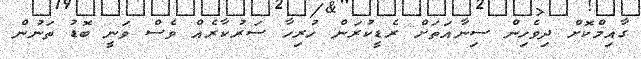
ގާއިމްކޮށް ދިވެހިން ސިނާއަތަށް ރެޑީކުރަން ހުރިހާ ސަރުކާރެއް ވެސް ވަނީ ބޮޑު ތަނުން